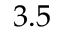
3 . 5